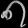
Digit: ၈